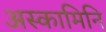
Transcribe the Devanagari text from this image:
अस्कामिनि